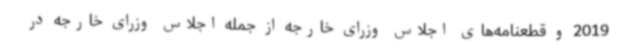
2019 و قطعنامه‌های اجلاس وزرای خارجه از جمله اجلاس وزرای خارجه در